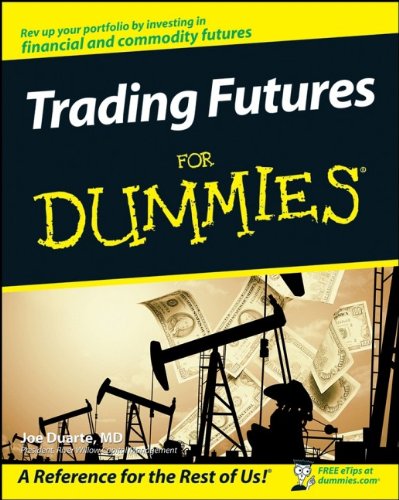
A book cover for Trading Futures For Dummies; Joe Duarte; Business & Money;